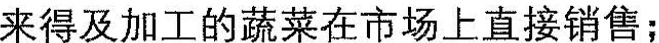
来得及加工的蔬菜在市场上直接销售；